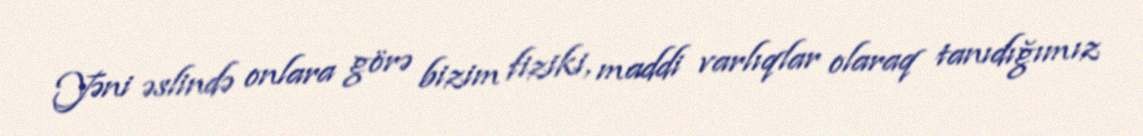
Yəni əslində onlara görə bizim fiziki, maddi varlıqlar olaraq tanıdığımız